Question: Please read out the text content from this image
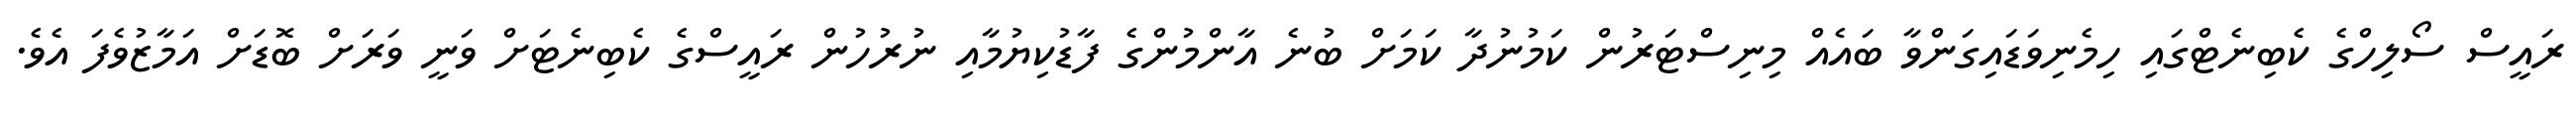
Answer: ރައީސް ސޯލިހްގެ ކެބިނެޓްގައި ހިމެނިވަޑައިގަންވާ ބައެއް މިނިސްޓަރުން ކަމުނުދާ ކަމަށް ބުނެ އާންމުންގެ ފާޑުކިޔުމާއި ނުރުހުން ރައީސްގެ ކެބިނެޓަށް ވަނީ ވަރަށް ބޮޑަށް އަމާޒުވެފަ އެވެ.